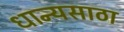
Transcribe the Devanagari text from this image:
धान्यसाठा